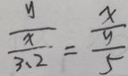
\frac { y } { \frac { x } { 3 . 2 } } = \frac { \frac { x } { y } } { 5 }